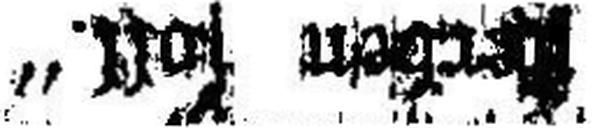
###erben soll.“